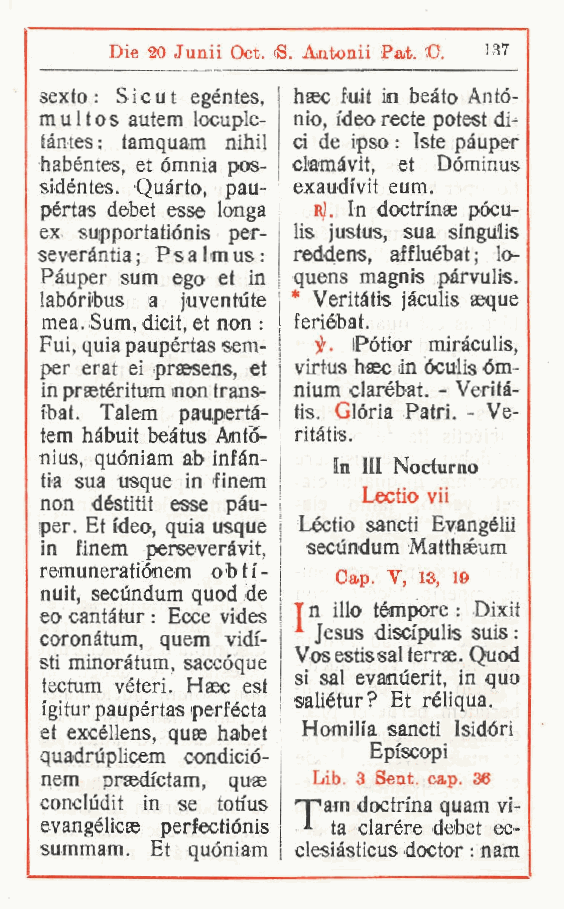
Die 20 Junii Oct. «S. Aatonii Pat. '0. 137
 sexto : Sic ut egéntes, haec fuit in beato Anto-
 multos autem locuple- nio, ideo recte potest di-
 tàntes : tamquam nihii ci de ipso : Iste pàuper
 habéntes et omnia pos- clamàvit, et Dominus
 ,
 sidéntes. Quarto pau- exaudrvit eum.
 ,
 pértas debet esse longa Rj. In doctinse pócu-
 ex supportatiónis per- lis justus, sua singulis
 severàntia; Psalmus: reddens, affluébat ; lo-
 Pàuper sum ego et in quens magnis pàrvulis.
 labóribus a juventiite * Veritàtis jàculis aeque
 mea. Sum, dicit et non : feriébat.
 ,
 Fui, quia paupértas sem- if. iPótior miràculis,
 per erat ei praesens, et virtus haec in óculis óm-
 in praetéritum non trans- nium clarébat. - Verità-
 ibat. Talem paupertà- tis. Glòria Patri. - Ve-
 tem hàbuit beàtus Antó- ritàtis.
 nius, quóniam ab infàn-
 In HI Nociurno
 tia sua usque in finem
 Lectio vii
 non déstitit esse pàu-
 per. Et ideo, quia usque Léctio sancii Evangéli!
 in finem perseveràvit, secundum Matthséum
 remuneratiònem obtf-
 Gap. T, 13, 19
 nuit, secundum quod de
 eo cantàtur : Ecce vides ! T n l110 tèmpore : Dixit
 Jesus discipulis suis :
 coronàtum quem vidi-
 ,         Vosestissal terree. Quod
 sti minoràtum, saccóque
 si sai evanuerit, in quo
 tectum véteri. Haec est
 saliétur? Et réliqua.
 igitur paupértas perfécta
 et excéllens quse habet Homilia sancii Isidóri
 quadrùplicem, condició- Episcopi
 nem prsedictam quse Lib. 3 iSeat. cap. 36
 ,
 concludit in se totius "Tarn doctrina quam vi-
 evangélicse perfectiónis ta clarére debet ec-
 summam. Et quóniam clesiàsticus doctor : nam
 r